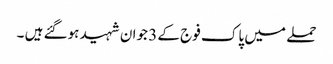
حملے میں پاک فوج کے 3 جوان شہید ہوگئے ہیں ۔